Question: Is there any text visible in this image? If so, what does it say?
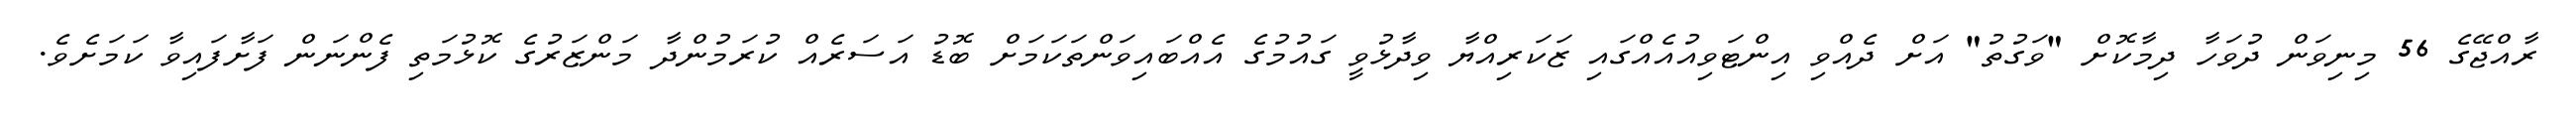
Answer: ރާއްޖޭގެ 56 މިނިވަން ދުވަހާ ދިމާކޮށް "ވަގުތު" އަށް ދެއްވި އިންޓަވިއުއެއްގައި ޒަކަރިއްޔާ ވިދާޅުވީ ގައުމުގެ އެއްބައިވަންތަކަމަށް ބޮޑު އަސަރެއް ކުރަމުންދާ މަންޒަރުގެ ކޮޅުމަތި ފެންނަން ފަށާފައިވާ ކަމަށެވެ.